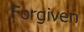
Forgiven